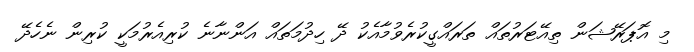
މި އޮޕަރޭޝަން ތިއޭޓަރުތައް ތަރައްގީކުރެވުމާއެކު ދޭ ހިދުމަތައް އަންނާނެ ކުރިއެރުމަކީ ކުރިން ނެހެދޭ